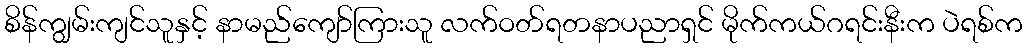
စိန်ကျွမ်းကျင်သူနှင့် နာမည်ကျော်ကြားသူ လက်ဝတ်ရတနာပညာရှင် မိုက်ကယ်ဂရင်းနီးက ပဲရစ်က